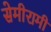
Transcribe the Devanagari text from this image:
सेमीरामी